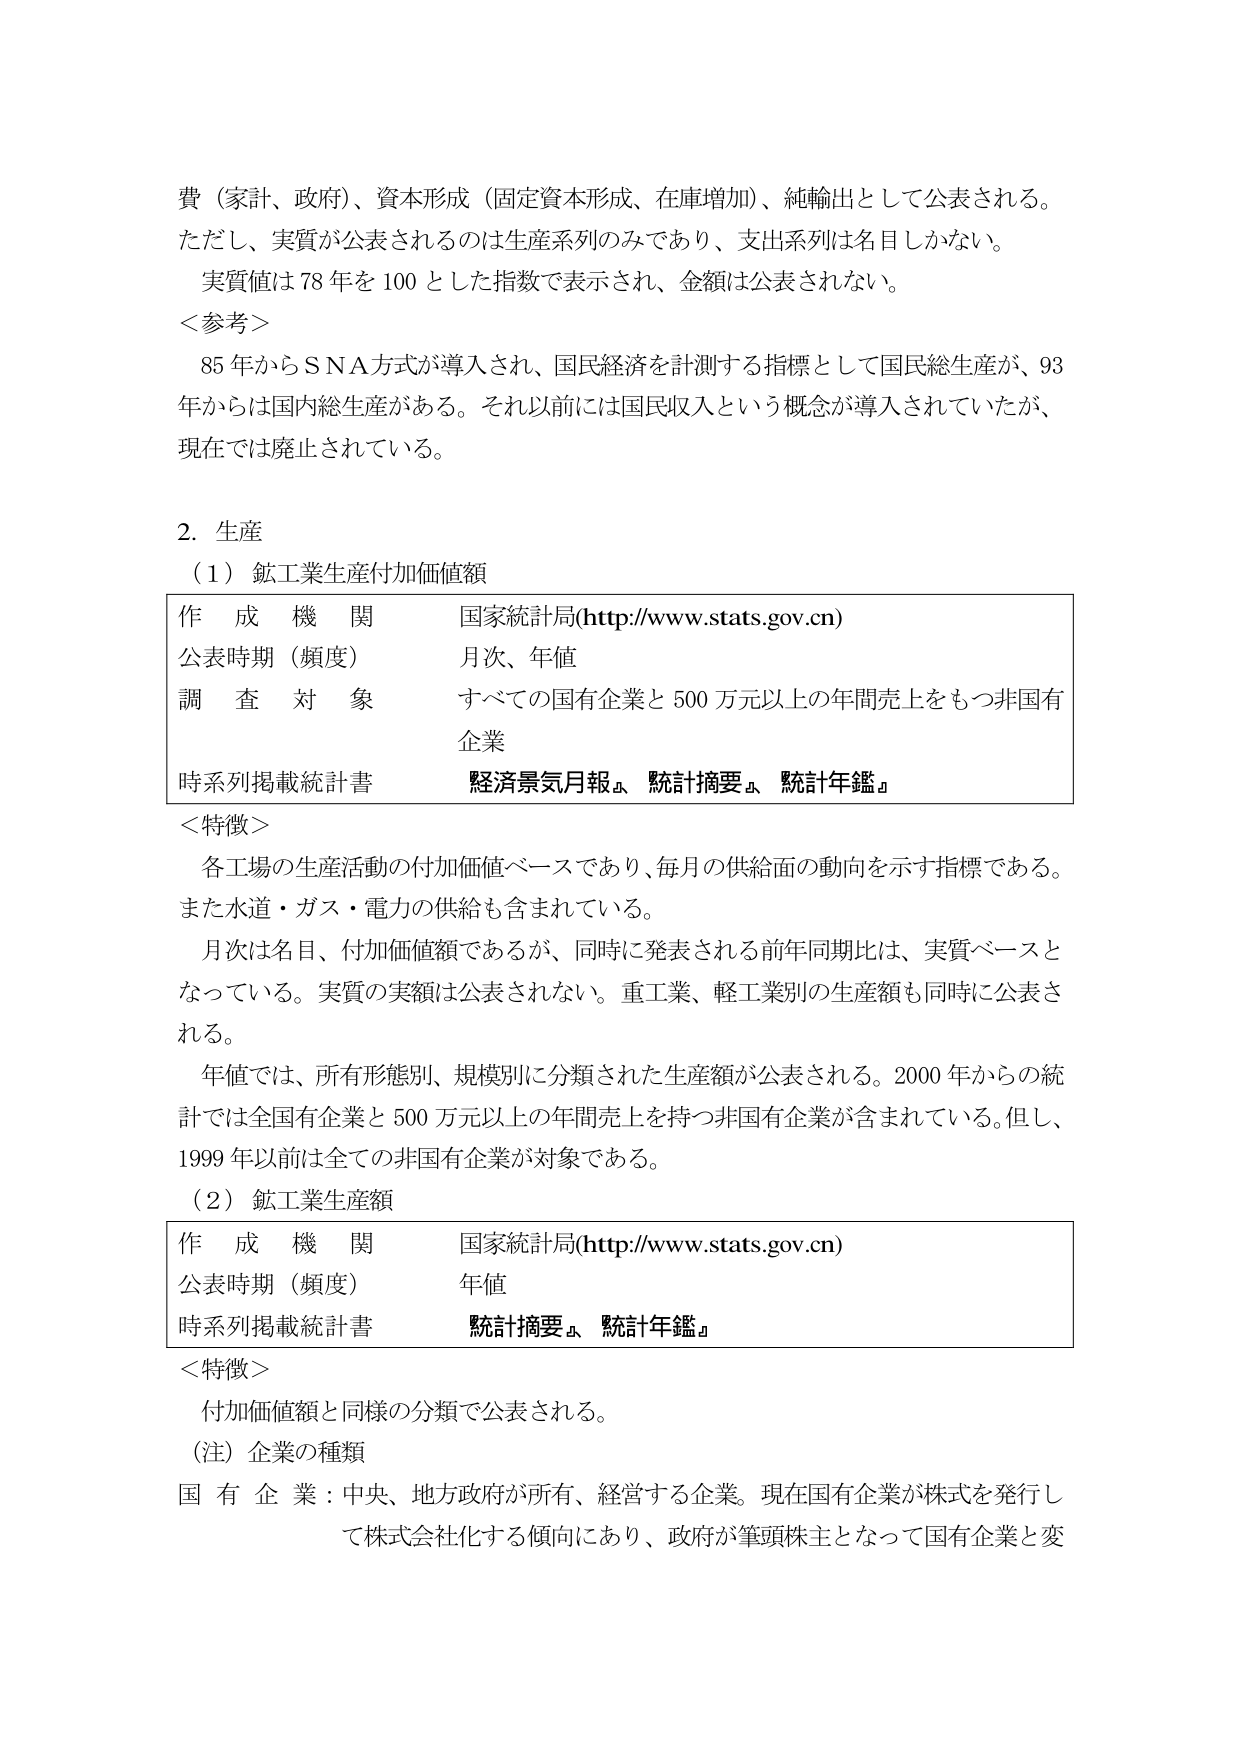
費（家計、政府）、資本形成（固定資本形成、在庫増加）、純輸出として公表される。
ただし、実質が公表されるのは生産系列のみであり、支出系列は名目しかない。
実質値は78年を100とした指数で表示され、金額は公表されない。
＜参考＞
85年からSNA方式が導入され、国民経済を計測する指標として国民総生産が、93年からは国内総生産がある。それ以前には国民収入という概念が導入されていたが、現在では廃止されている。

2. 生産
（1）鉱工業生産付加価値額
作成機関　国家統計局(http://www.stats.gov.cn)
公表時期（頻度）　月次、年値
調査対象　すべての国有企業と500万元以上の年間売上をもつ非国有企業
時系列掲載統計書　『経済景気月報』、『統計摘要』、『統計年鑑』
＜特徴＞
各工場の生産活動の付加価値ベースであり、毎月の供給面の動向を示す指標である。また水道・ガス・電力の供給も含まれている。
月次は名目、付加価値額であるが、同時に発表される前年同期比は、実質ベースとなっている。実質の実額は公表されない。重工業、軽工業別の生産額も同時に公表される。
年値では、所有形態別、規模別に分類された生産額が公表される。2000年からの統計では全国有企業と500万元以上の年間売上を持つ非国有企業が含まれている。但し、1999年以前は全ての非国有企業が対象である。
（2）鉱工業生産額
作成機関　国家統計局(http://www.stats.gov.cn)
公表時期（頻度）　年値
時系列掲載統計書　『統計摘要』、『統計年鑑』
＜特徴＞
付加価値額と同様の分類で公表される。
（注）企業の種類
国有企業：中央、地方政府が所有、経営する企業。現在国有企業が株式を発行して株式会社化する傾向にあり、政府が筆頭株主となって国有企業と変